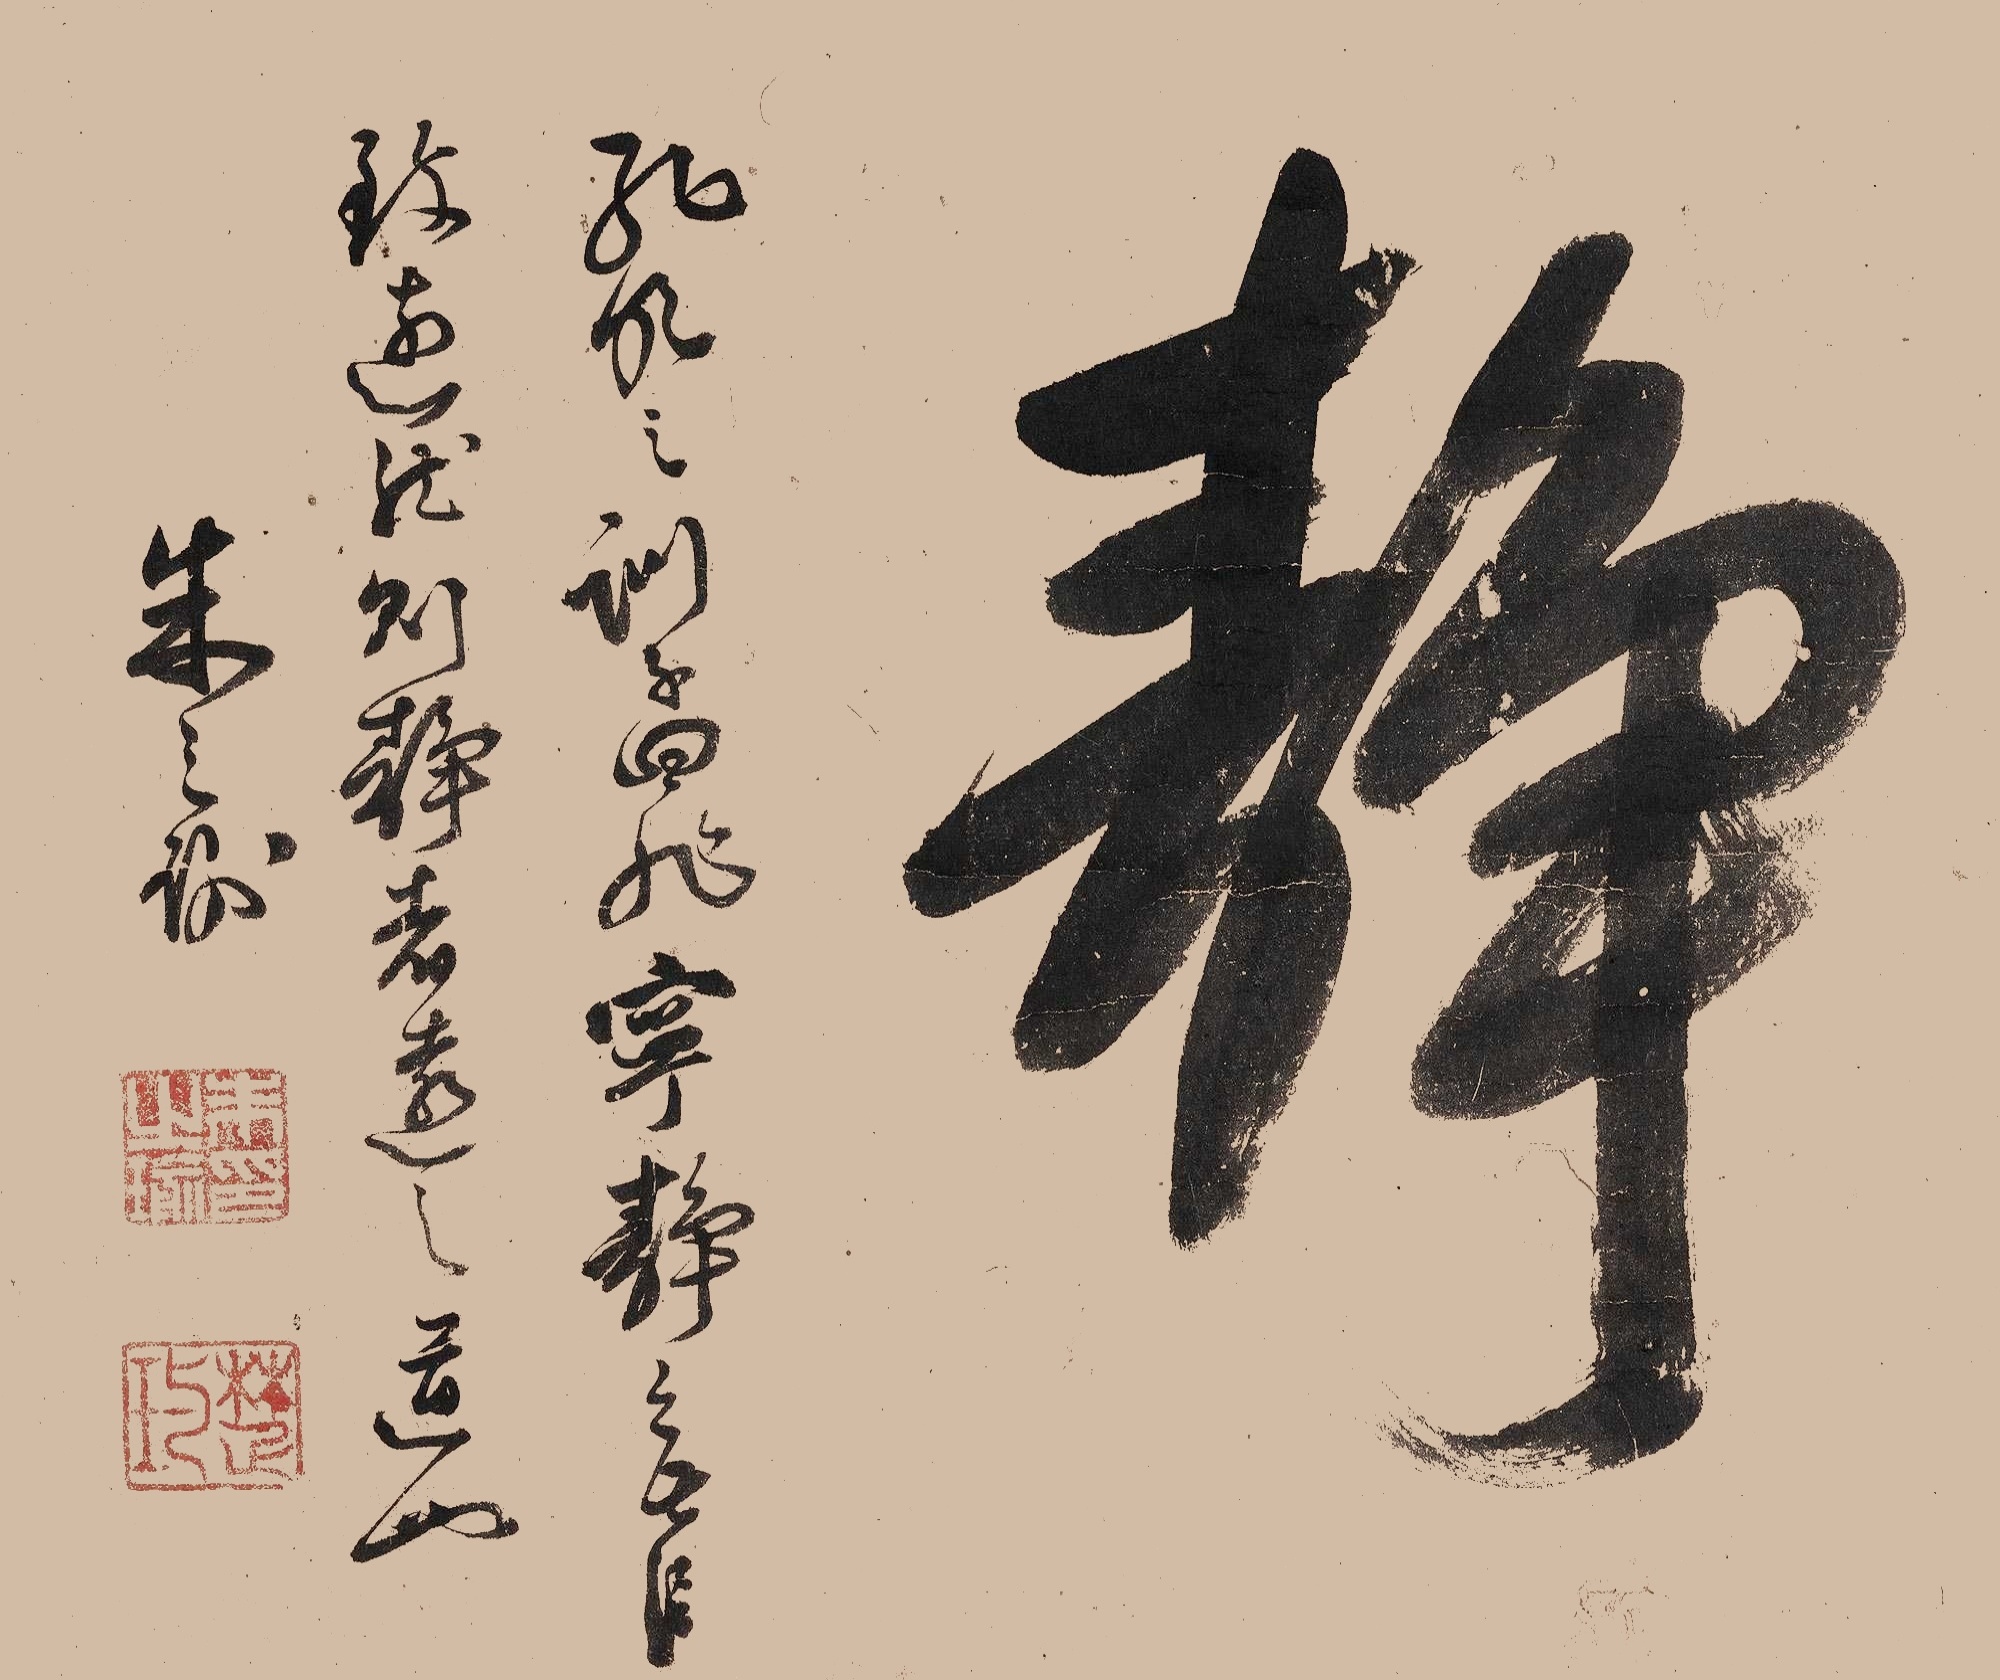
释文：孔明之训子曰：非宁静无以致远。然则静者远之道也。朱之瑜。